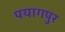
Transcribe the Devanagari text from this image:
पयागपुर